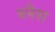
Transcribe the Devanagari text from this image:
ब्लैस